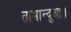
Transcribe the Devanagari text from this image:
तामान्दुआ।